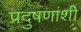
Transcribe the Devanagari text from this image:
प्रदुषणांशी